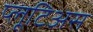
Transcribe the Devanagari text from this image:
प्लूटिअस